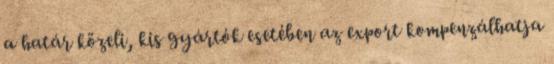
a határ közeli, kis gyártók esetében az export kompenzálhatja